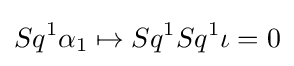
Sq^{1}\alpha _{1}\mapsto Sq^{1}Sq^{1}\iota =0